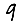
Digit: 9